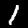
Label: 1